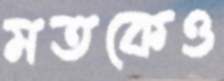
মতকেও